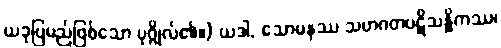
ယခုပြမည်ဖြစ်သော ပုဂ္ဂိုလ်၏။) ယဒါ, သောမနဿ သဟဂတပဋိသန္ဓိကဿ၊